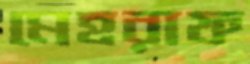
মেহরাফ